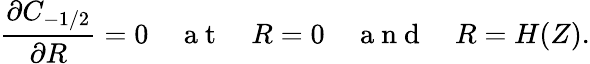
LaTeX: \frac{\partial C_{-1/2}}{\partial R}=0\quad\mathrm{~a~t~}\quad R=0\quad\mathrm{~a~n~d~}\quad R=H(Z).